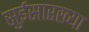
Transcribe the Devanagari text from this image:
सुईसारख्या